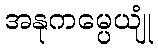
အနုကမ္ပေယျုံ